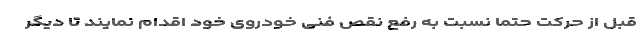
قبل از حرکت حتما نسبت به رفع نقص فنی خودروی خود اقدام نمایند تا دیگر